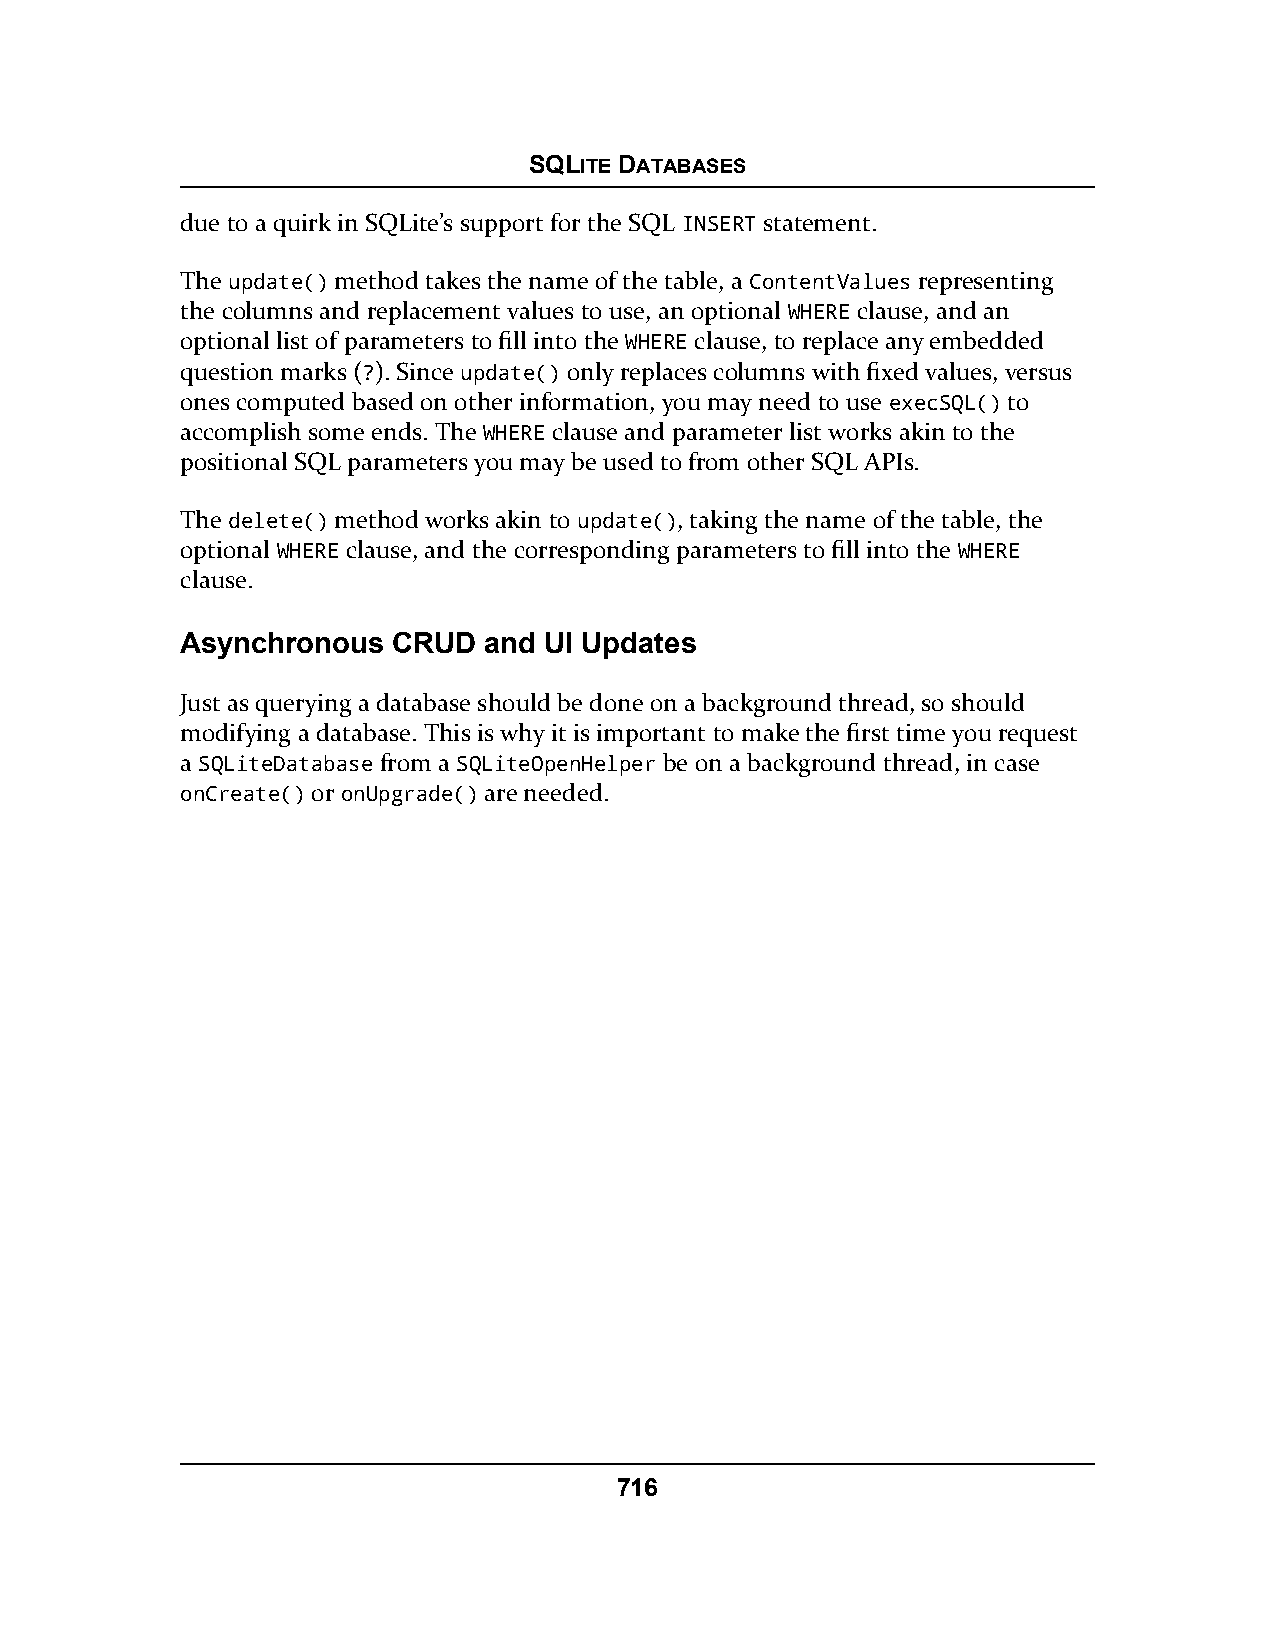
SQLITE DATABASES
 due to a quirk in SQLite’s support for the SQL INSERT statement.
 The update() method takes the name of the table, a ContentValues representing
 the columns and replacement values to use, an optional WHERE clause, and an
 optional list of parameters to fill into the WHERE clause, to replace any embedded
 question marks (?). Since update() only replaces columns with fixed values, versus
 ones computed based on other information, you may need to use execSQL() to
 accomplish some ends. The WHERE clause and parameter list works akin to the
 positional SQL parameters you may be used to from other SQL APIs.
 The delete() method works akin to update(), taking the name of the table, the
 optional WHERE clause, and the corresponding parameters to fill into the WHERE
 clause.
 Asynchronous  CRUD  and UI Updates
 Just as querying a database should be done on a background thread, so should
 modifying a database. This is why it is important to make the first time you request
 a SQLiteDatabase from a SQLiteOpenHelper be on a background thread, in case
 onCreate() or onUpgrade() are needed.
 716